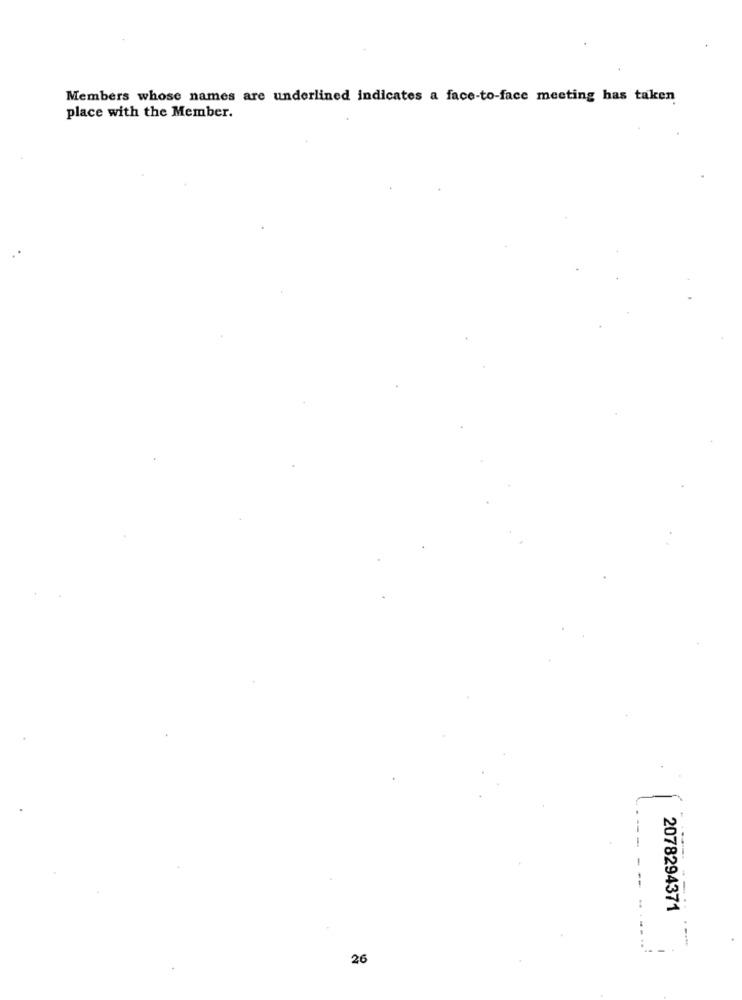
Members whose names are underlined indicates a face-to-face meeting has taken
place with the Member.
2078294371
26